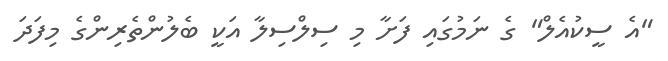
"އެ ސީކުއެލް" ގެ ނަމުގައި ފަށާ މި ސިލްސިލާ އަކީ ބެލުންތެރިންގެ މިފަދަ